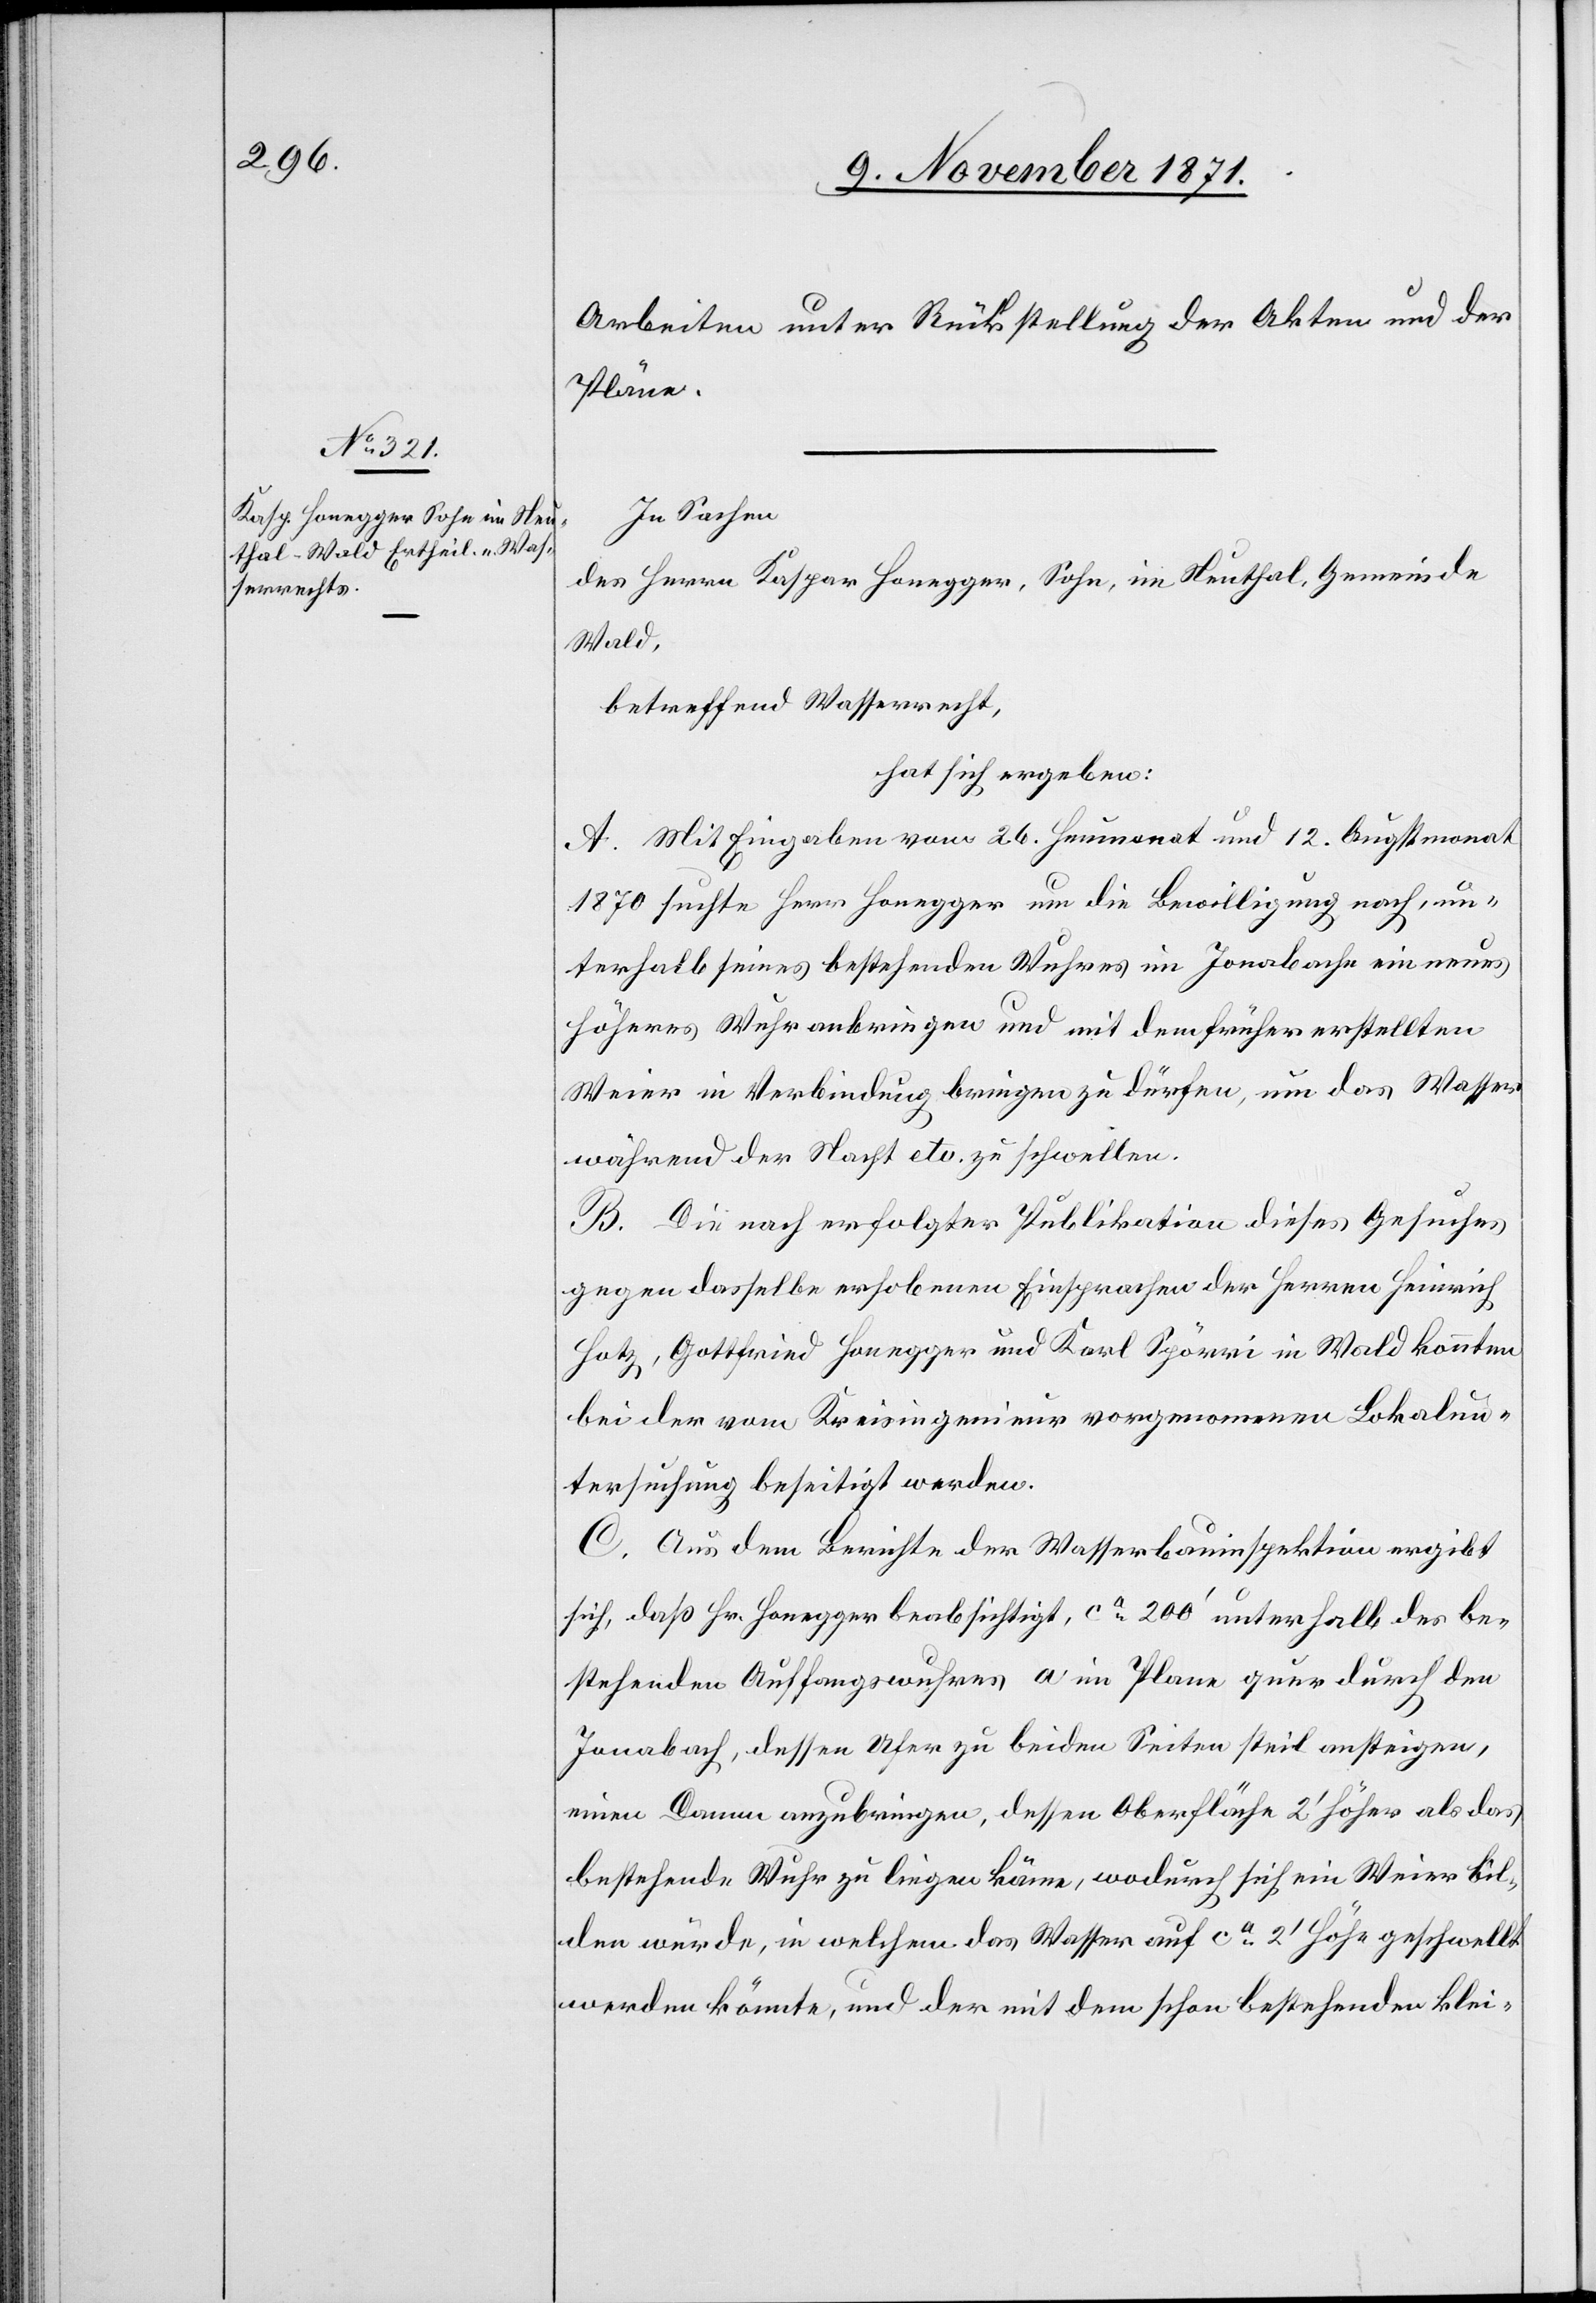
Arbeiten unter Rückstellung der Akten und der
Pläne.
In Sachen
des Herrn Kaspar Honegger, Sohn, in Neuthal, Gemeinde
Wald,
betreffend Wasserrecht,
hat sich ergeben:
A. Mit Eingaben vom 26. Heumonat und 12. Augstmonat
1870 suchte Herr Honegger um die Bewilligung nach, un¬
terhalb seines bestehenden Wuhres im Jonabache ein neues
höheres Wuhr anbringen und mit dem früher erstellten
Weier in Verbindung bringen zu dürfen, um das Wasser
während der Nacht etc. zu schwellen.
B. Die nach erfolgter Publikation dieses Gesuches
gegen dasselbe erhobenen Einsprachen der Herren Heinrich
Hotz, Gottfried Honegger und Karl Spörri in Wald konnten
bei der vom Kreisingenieur vorgenommenen Lokalun¬
tersuchung beseitigt werden.
C. Aus dem Berichte der Wasserbauinspektion ergibt
sich, daß Hr. Honegger beabsichtigt, ca 200’ unterhalb des be¬
stehenden Auffangwuhres a im Plane quer durch den
Jonabach, dessen Ufer zu beiden Seiten steil ansteigen,
einen Damm anzubringen, dessen Oberfläche 2’ höher als das
bestehende Wuhr zu liegen käme, wodurch sich ein Weier bil¬
den würde, in welchem das Wasser auf ca 2’ Höhe geschwellt
werden könnte, und der mit dem schon bestehenden klei-